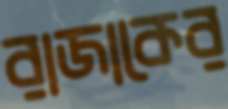
রাজাকের